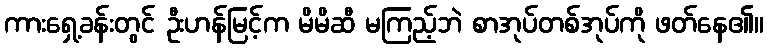
ကားရှေ့ခန်းတွင် ဦးဟန်မြင့်က မိမိဆီ မကြည့်ဘဲ စာအုပ်တစ်အုပ်ကို ဖတ်နေ၏။